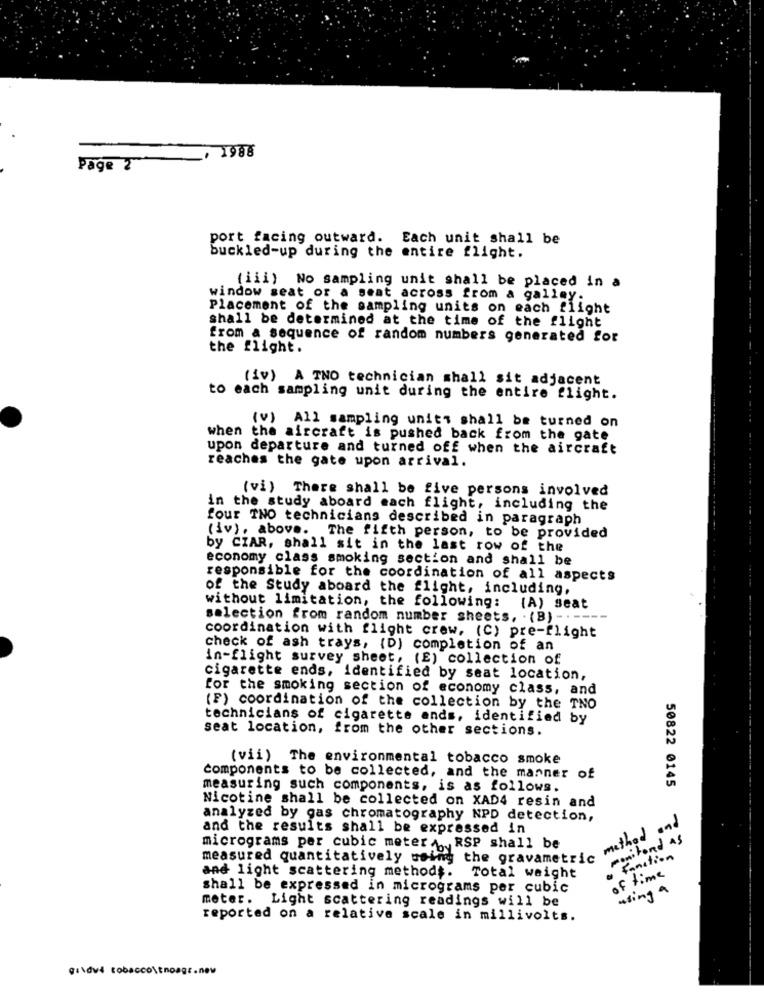
, 1988
Page 2
port facing outward. Each unit shall be
buckled-up during the entire flight.
(iii) No sampling unit shall be placed in a
window seat or a seat across from a galley.
Placement of the sampling units on each flight
shall be determined at the time of the flight
from a sequence of random numbers generated for
the flight.
({v) A TNO technician shall sit adjacent
to each sampling unit during the entire flight.
(v) All sampling units shall be turned on
when the aircraft is pushed back from the gate
upon departure and turned off when the aircraft
reaches the gate upon arrival.
(vi) There shall be five persons involved
in the study aboard each flight, including the
four TNO technicians described in paragraph
(iv), above. The fifth person, to be provided
by CIAR, shall sit in the last row of the
economy class smoking section and shall be
responsible for the coordination of all aspects
of the Study aboard the flight, including,
without limitation, the following: (A) seat
selection from random number sheets, . (B) - - ----
coordination with flight crew, (C) pre-flight
check of ash trays, (D) completion of an
in-flight survey sheet, (E) collection of
cigarette ends, identified by seat location,
for the smoking section of economy class, and
(F) coordination of the collection by the TNO
technicians of cigarette ands, identified by
seat location, from the other sections.
(vii) The environmental tobacco smoke
components to be collected, and the manner of
measuring such components, is as follows.
50822 0145
Nicotine shall be collected on XAD4 resin and
analyzed by gas chromatography NPD detection,
method and
and the results shall be expressed in
monitand as
micrograms per cubic meter RSP shall be
measured quantitatively using the gravametric
Fanction
of time
and light scattering methods. Total weight
shall be expressed in micrograms per cubic
using a
meter. Light scattering readings will be
reported on a relative scale in millivolts.
Gildvé tobaccoltnoage.new